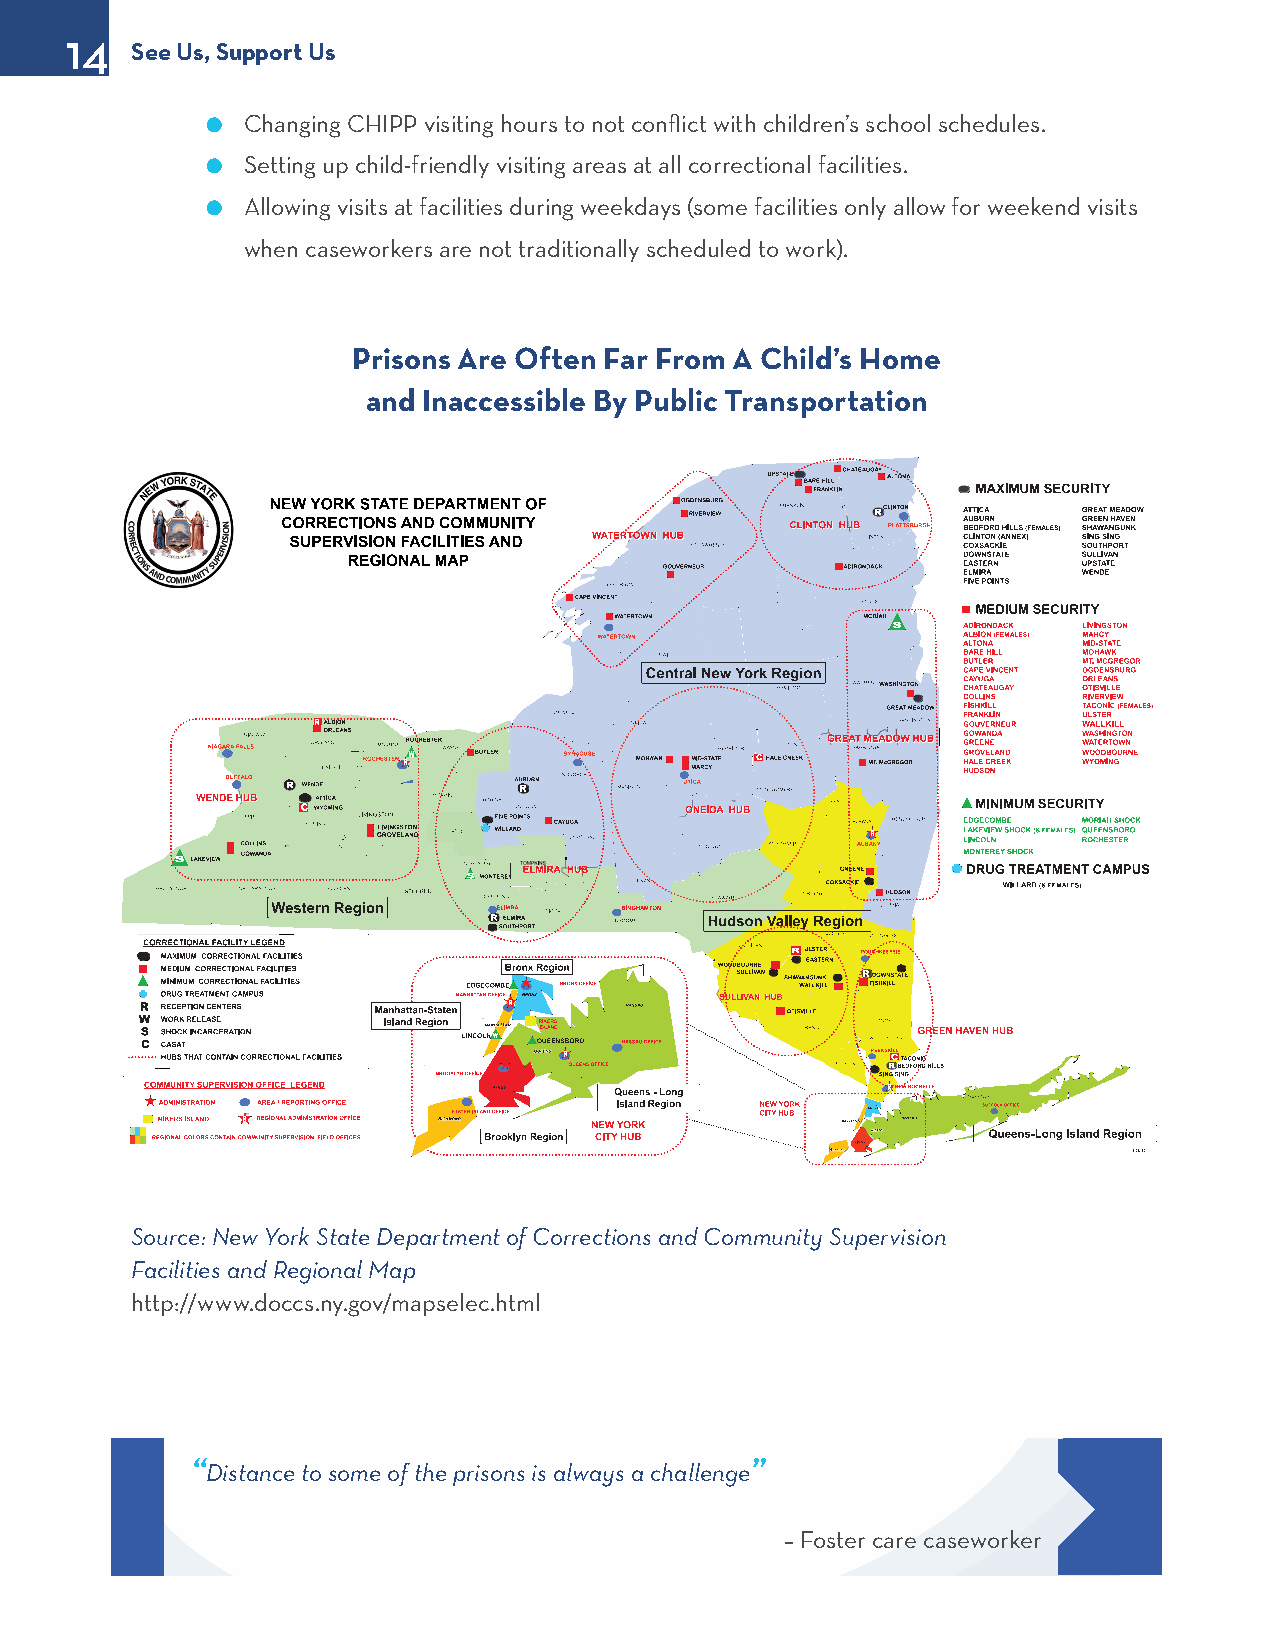
14
 See Us, Support Us
 l Changing CHIPP visiting hours to not conflict with children’s school schedules.
 l Setting up child-friendly visiting areas at all correctional facilities.
 l Allowing visits at facilities during weekdays (some facilities only allow for weekend visits
 when caseworkers are not traditionally scheduled to work).
 Prisons Are Often Far From A Child’s Home
 and Inaccessible By Public Transportation
 Source: New York State Department of Corrections and Community Supervision
 Facilities and Regional Map
 http://www.doccs.ny.gov/mapselec.html
 “Distance to some of the prisons is always a challenge”
 – Foster care caseworker